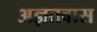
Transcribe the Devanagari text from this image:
अज्ञतवास